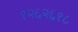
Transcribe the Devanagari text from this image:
१२६२६१८